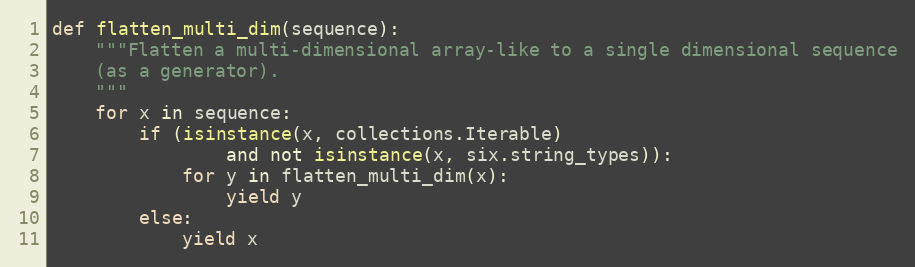
Language: Python
def flatten_multi_dim(sequence):
    """Flatten a multi-dimensional array-like to a single dimensional sequence
    (as a generator).
    """
    for x in sequence:
        if (isinstance(x, collections.Iterable)
                and not isinstance(x, six.string_types)):
            for y in flatten_multi_dim(x):
                yield y
        else:
            yield x